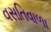
વસતિવાળા